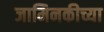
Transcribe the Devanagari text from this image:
जामिनकीच्या